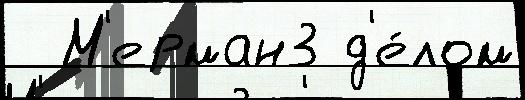
  М'ерман3 д'е́лом